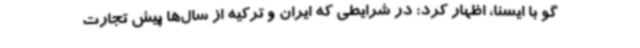
گو با ایسنا، اظهار کرد: در شرایطی که ایران و ترکیه از سال‌ها پیش تجارت